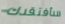
سأفتقدك